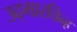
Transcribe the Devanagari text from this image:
उद्गारचिन्ह